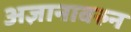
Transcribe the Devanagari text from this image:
अज्ञानावरुन